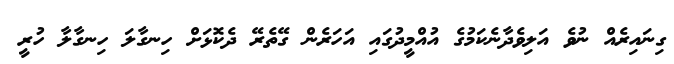
ގިނައިރެއް ނުވެ އަލިވެދާނެކަމުގެ އުއްމީދުގައި އަހަރެން ގޭތެރޭ ދެކޮޅަށް ހިނގާލަ ހިނގާލާ ހުރީ